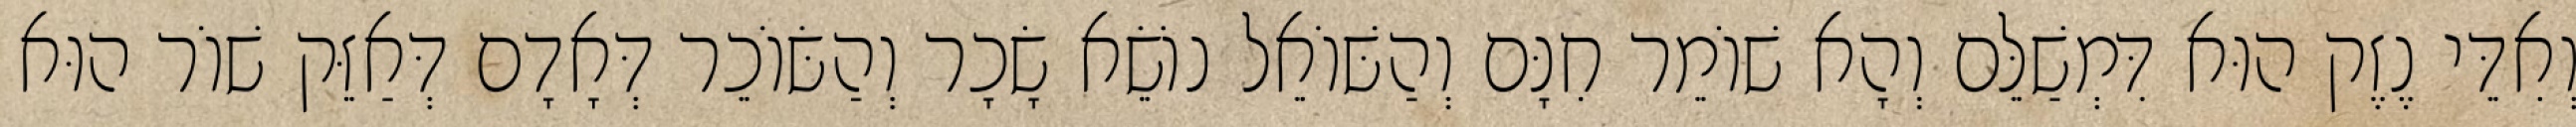
וְאִדֵּי נֶזֶק הוּא דִּמְשַׁלֵּם וְהָא שׁוֹמֵר חִנָּם וְהַשּׁוֹאֵל נוֹשֵׂא שָׂכָר וְהַשּׂוֹכֵר דְּאָדָם דְּאַזֵּק שׁוֹר הוּא